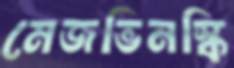
মেজভিনস্কি